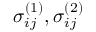
\sigma _ { i j } ^ { ( 1 ) } , \sigma _ { i j } ^ { ( 2 ) }